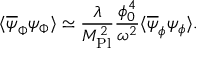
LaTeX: \langle \overline { { { \psi } } } _ { \Phi } \psi _ { \Phi } \rangle \simeq \frac { \lambda } { M _ { \mathrm { P l } } ^ { 2 } } \frac { \phi _ { 0 } ^ { 4 } } { \omega ^ { 2 } } \langle \overline { { { \psi } } } _ { \phi } \psi _ { \phi } \rangle .